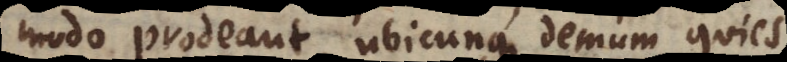
modo prodeant, ubicunque demum quies